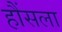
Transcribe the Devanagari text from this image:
हौंसला